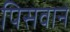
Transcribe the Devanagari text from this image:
पिसवाने